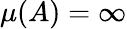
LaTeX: \mu(A)=\infty